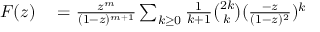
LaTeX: \begin{array} { r l } { F ( z ) } & { { } = { \frac { z ^ { m } } { ( 1 - z ) ^ { m + 1 } } } \sum _ { k \geq 0 } { { \frac { 1 } { k + 1 } } { \binom { 2 k } { k } } ( { \frac { - z } { ( 1 - z ) ^ { 2 } } } ) ^ { k } } } \end{array}